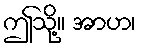
ဤသို့။ အာဟ၊